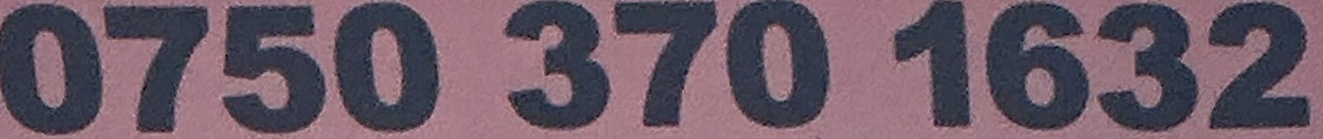
0750 370 1632